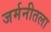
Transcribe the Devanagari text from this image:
जर्मनीतला